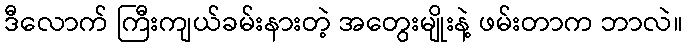
ဒီလောက် ကြီးကျယ်ခမ်းနားတဲ့ အတွေးမျိုးနဲ့ ဖမ်းတာက ဘာလဲ။